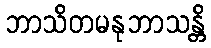
ဘာသိတမနုဘာသန္တိ